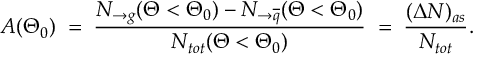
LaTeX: A ( \Theta _ { 0 } ) \; = \; \frac { N _ { \rightarrow g } ( \Theta < \Theta _ { 0 } ) - N _ { \rightarrow \overline { { { q } } } } ( \Theta < \Theta _ { 0 } ) } { N _ { t o t } ( \Theta < \Theta _ { 0 } ) } \; = \; \frac { ( \Delta N ) _ { a s } } { N _ { t o t } } .